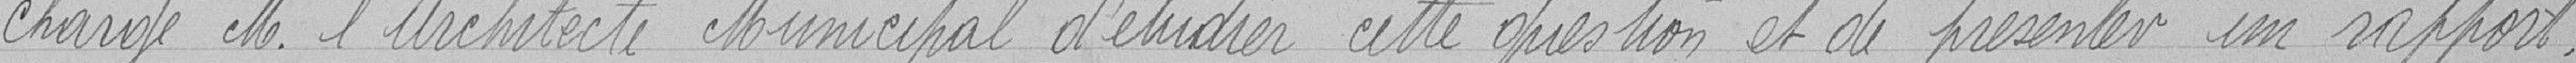
charge M. l'Architecte Municipal d'étudier cette question et de présenter un rapport